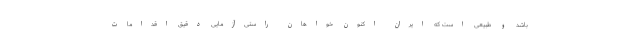
باشد و طبیعی است که ایران اکنون خواهان راستی‌آزمایی دقیق اقدامات